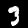
Label: 3